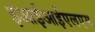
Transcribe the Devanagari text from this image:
इआईआईएलएम